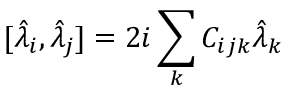
[ \hat { \lambda } _ { i } , \hat { \lambda } _ { j } ] = 2 i \sum _ { k } C _ { i j k } \hat { \lambda } _ { k }